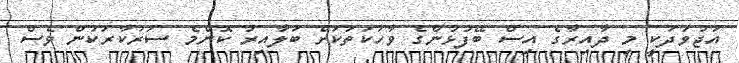
އަޖުވަދަކީ މި ދާއިރާގެ އިސް ބޭފުޅުންގެ ވާހަކަތަކަށް ބަލާއިރު ކޮންމެ ސަރުކާރަކުން ވެސް